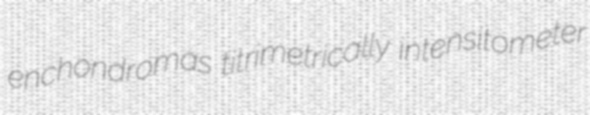
enchondromas titrimetrically intensitometer